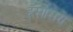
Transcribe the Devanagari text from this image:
हसोसरा